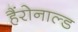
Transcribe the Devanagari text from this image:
हैंरोनाल्ड